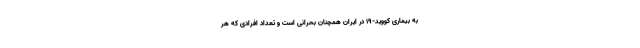
به بیماری کووید-۱۹ در ایران همچنان بحرانی است و تعداد افرادی که هر